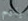
يقيم